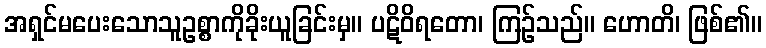
အရှင်မပေးသောသူဥစ္စာကိုခိုးယူခြင်းမှ။ ပဋိဝိရတော၊ ကြဉ်သည်။ ဟောတိ၊ ဖြစ်၏။